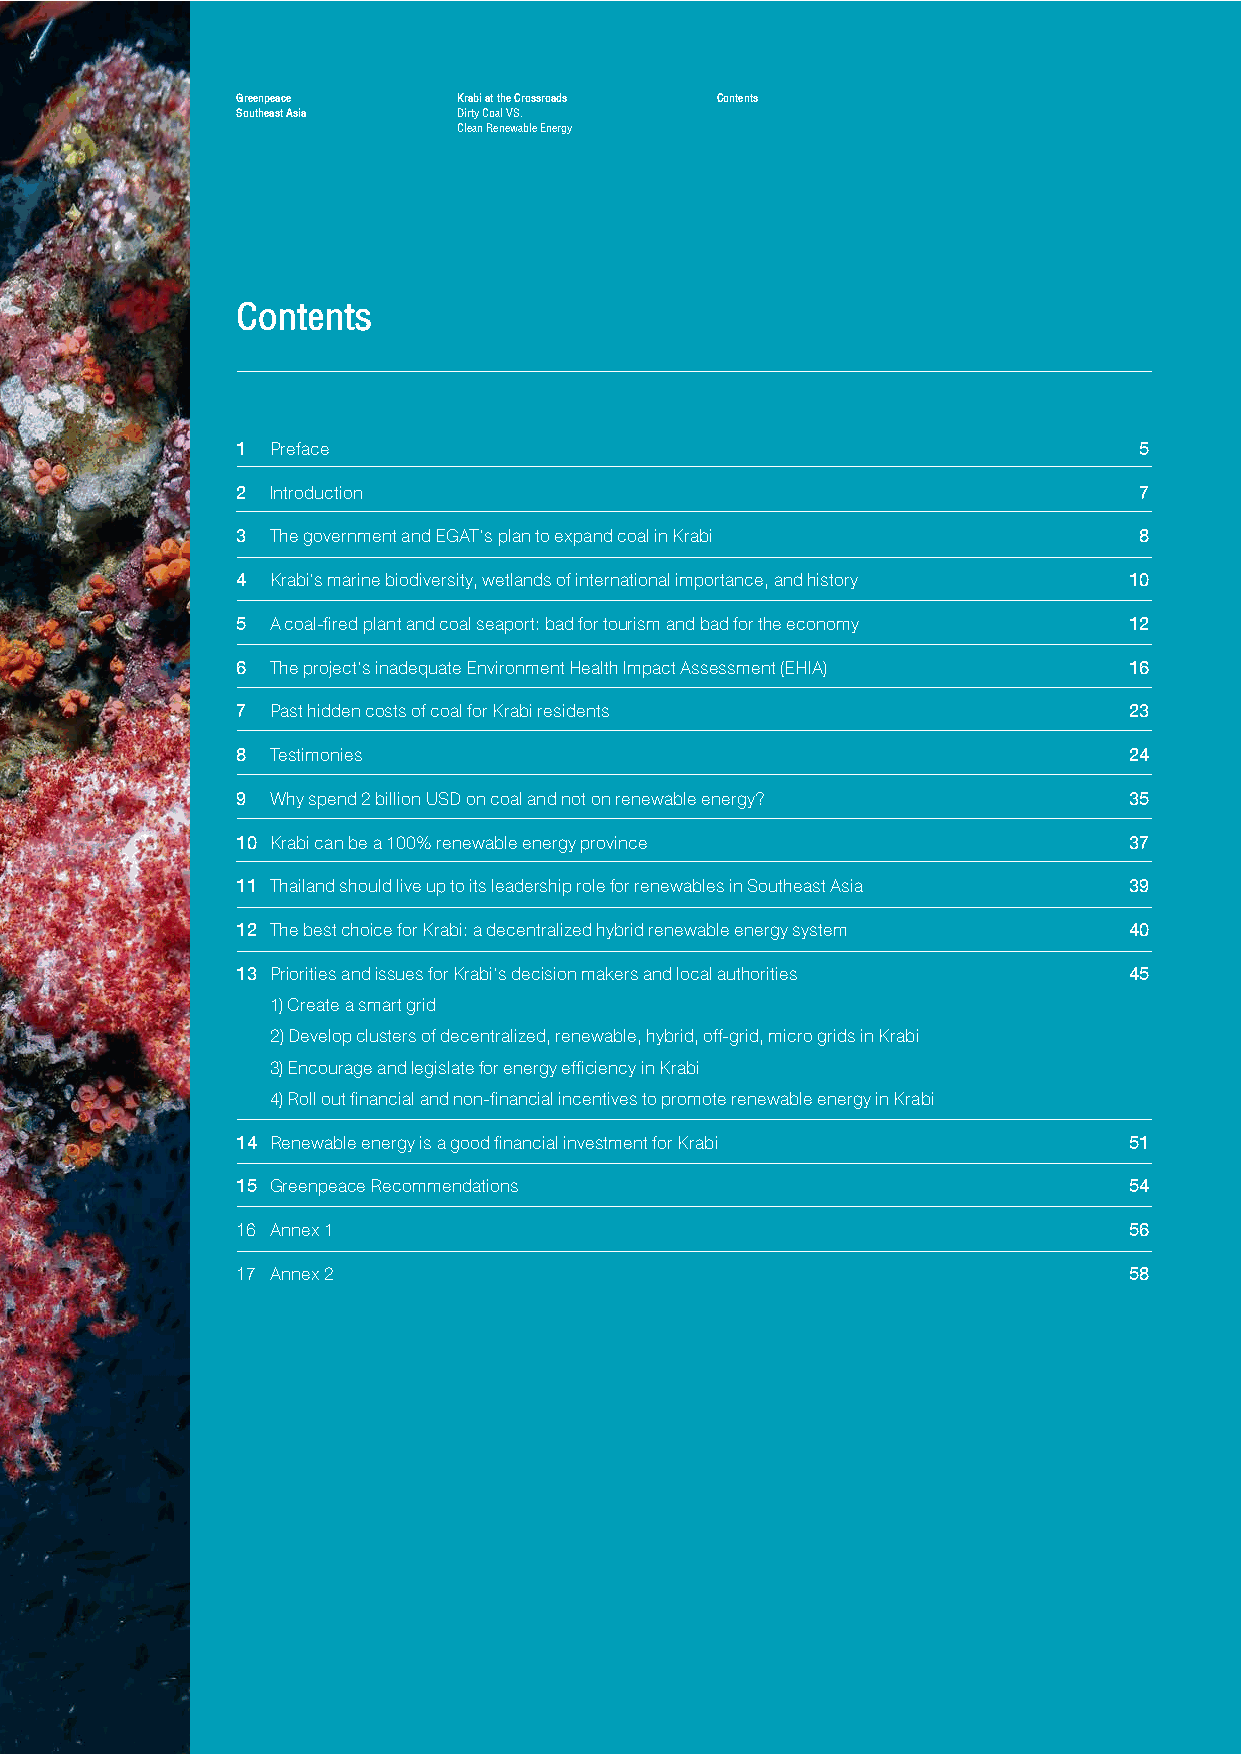
GGrreeeennppeeaaccee KKrraabbii aatt tthhee CCrroossssrrooaaddss Contents
 SSoouutthheeaasstt AAssiiaa DDiirrttyy CCooaall VVSS..
 CClleeaann RReenneewwaabbllee EEnneerrggyy
 Contents
 1 Preface                                                  5
 2 Introduction                                             7
 3 The government and EGAT’s plan to expand coal in Krabi   8
 4 Krabi’s marine biodiversity, wetlands of international importance, and history 10
 5 A coal-fired plant and coal seaport: bad for tourism and bad for the economy 12
 6 The project’s inadequate Environment Health Impact Assessment (EHIA) 16
 7 Past hidden costs of coal for Krabi residents            23
 8 Testimonies                                              24
 9 Why spend 2 billion USD on coal and not on renewable energy? 35
 10 Krabi can be a 100% renewable energy province           37
 11 Thailand should live up to its leadership role for renewables in Southeast Asia 39
 12 The best choice for Krabi: a decentralized hybrid renewable energy system 40
 13 Priorities and issues for Krabi’s decision makers and local authorities 45
 1) Create a smart grid
 2) Develop clusters of decentralized, renewable, hybrid, off-grid, micro grids in Krabi
 3) Encourage and legislate for energy efficiency in Krabi
 4) Roll out financial and non-financial incentives to promote renewable energy in Krabi
 14 Renewable energy is a good financial investment for Krabi 51
 15 Greenpeace Recommendations                              54
 16 Annex 1                                                 56
 17 Annex 2                                                 58
 3
 Krabi at the Crossroads Dirty Coal VS. Clean Renewable Energy